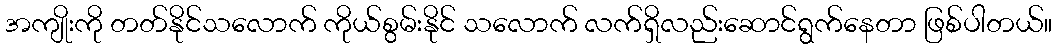
အကျိုးကို တတ်နိုင်သလောက် ကိုယ်စွမ်းနိုင် သလောက် လက်ရှိလည်းဆောင်ရွက်နေတာ ဖြစ်ပါတယ်။